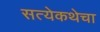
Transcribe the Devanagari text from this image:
सत्येकथेचा